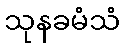
သုနခမံသံ